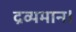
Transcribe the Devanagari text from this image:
द्रव्यमान।